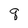
Character: q